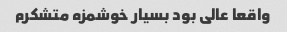
واقعا عالی بود بسیار خوشمزه متشکرم